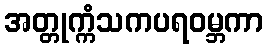
အတ္တုက္ကံသကပရဝမ္ဘကာ